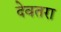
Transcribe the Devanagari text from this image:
देवतरा